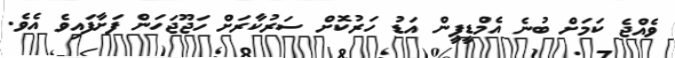
ވެއްޖެ ކަމަށް ބުނެ އެމްޑީޕީން އަޑު ހަރުކޮށް ސަރުކާރަށް ހަޖޫޖަހަން ފަށާފައިވެ އެވެ.